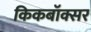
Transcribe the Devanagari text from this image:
किकबॉक्सर